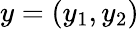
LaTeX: y=\left(y_{1},y_{2}\right)